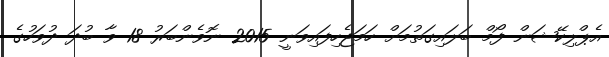
އެޕްލިކޭޝަން ފޯމް ބަލައިގަތުމަށް ހަމަޖެހިފައިވަނީ 2015 ނޮވެންބަރު 18 ވާ ބުދަ ދުވަހުގެ